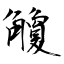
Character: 觼